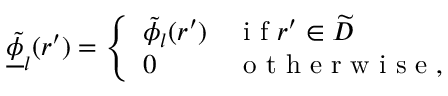
\underline { { \tilde { \phi } } } _ { l } ( r ^ { \prime } ) = \left\{ \begin{array} { l l } { \tilde { \phi } _ { l } ( r ^ { \prime } ) } & { \mathrm { ~ i ~ f ~ } r ^ { \prime } \in \widetilde { D } } \\ { 0 } & { \mathrm { ~ o ~ t ~ h ~ e ~ r ~ w ~ i ~ s ~ e ~ } , } \end{array} \right.